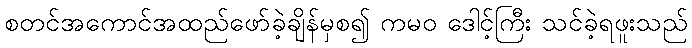
စတင်အကောင်အထည်ဖော်ခဲ့ချိန်မှစ၍ ကမဝ ဒေါင့်ကြီး သင်ခဲ့ရဖူးသည်